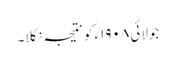
جولائی ١٩٠٨ء کو نتیجہ نکلا۔